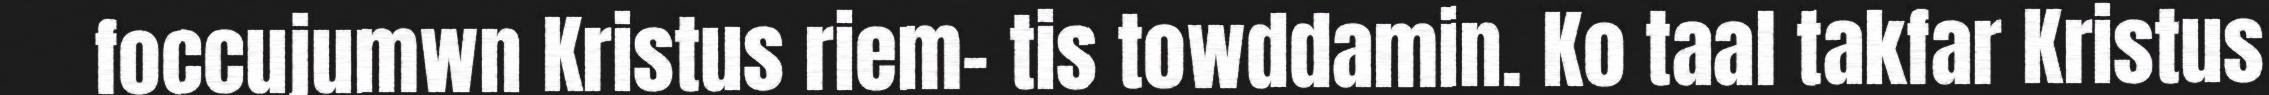
foccujumwn Kristus riem- tis towddamin. Ko taal takfar Kristus